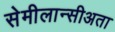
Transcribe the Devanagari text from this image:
सेमीलान्सीअता